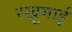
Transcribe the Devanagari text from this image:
रखूमाई